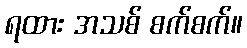
ရထား အသစ် စက်စက်။